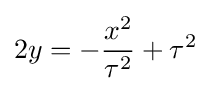
2y=-{\frac {x^{2}}{\tau ^{2}}}+\tau ^{2}